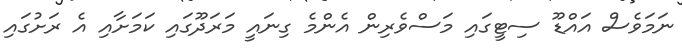
ނަމަވެސް އައްޑޫ ސިޓީގައި މަސްވެރިން އެންމެ ގިނައީ މަރަދޫގައި ކަމަށާއި އެ ރަށުގައި